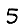
Digit: 5